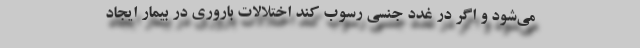
می‌شود و اگر در غدد جنسی رسوب کند اختلالات باروری در بیمار ایجاد